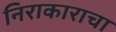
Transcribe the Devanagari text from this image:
निराकाराचा